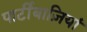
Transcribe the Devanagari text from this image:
पार्टीबाज़ियां